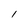
Character: l